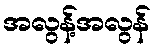
အလွန့်အလွန်